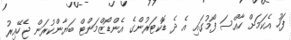
ފަހު އެކަމަށް ހާއްސަ ފޯމުގައި އެ ދެ ޑޮކްޓަރުންގެ އެންޑޯޒްމަންޓް ބަޔާންކުރަން ޖެހޭއިރު